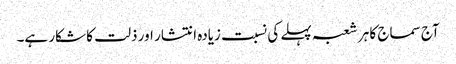
آج سماج کا ہر شعبہ پہلے کی نسبت زیادہ انتشار اور ذلت کا شکار ہے۔